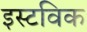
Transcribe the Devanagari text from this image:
इस्टविक